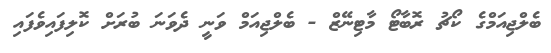
ބެލްޖިއަމްގެ ކޯޗު ރޮބާޓޯ މާޓިނޭޒް - ބެލްޖިއަމް ވަނީ ދެވަނަ ބުރަށް ކޮލިފައިވެފައި